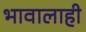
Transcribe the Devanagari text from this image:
भावालाही